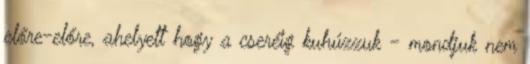
előre-előre, ahelyett hogy a cseréig kuhúzzuk - mondjuk nem